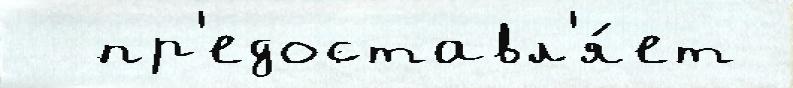
  пр'едоставл'я́ет